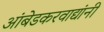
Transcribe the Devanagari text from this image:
आंबेडकरवाद्यांनी